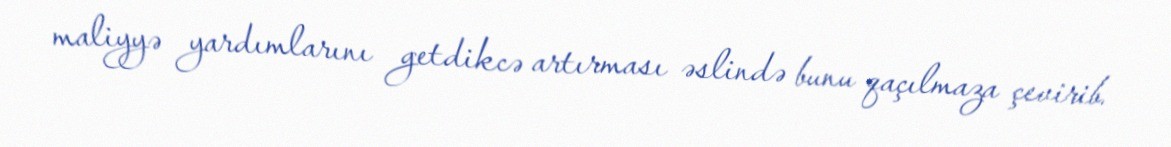
maliyyə yardımlarını getdikcə artırması əslində bunu qaçılmaza çevirib.